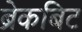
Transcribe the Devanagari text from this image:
ब्रेकबिट